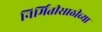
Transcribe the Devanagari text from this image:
निर्मितीसाठीच्या